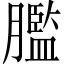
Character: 𦡶